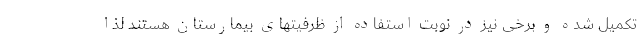
تکمیل شده و برخی نیز در نوبت استفاده از ظرفیتهای بیمارستان هستند لذا